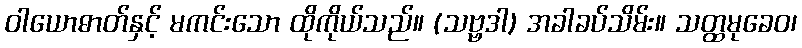
ဝါယောဓာတ်နှင့် မကင်းသော ထိုကိုယ်သည်။ (သဗ္ဗဒါ) အခါခပ်သိမ်း။ သတ္ထမုခေဝ၊